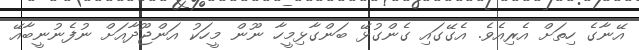
އޭނާގެ ހިތަށް އެރިއެވެ. އެގޭގައި ގެންގުޅޭ ބަންގާޅިމީހާ ނޫން މީހަކު އަންޖޫދާއަށް ނުފެނުނީބާއޭ